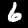
Label: 6